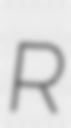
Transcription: R